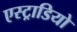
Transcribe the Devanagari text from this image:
एस्ट्राडियो